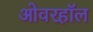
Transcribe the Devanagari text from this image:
ओवरहॉल